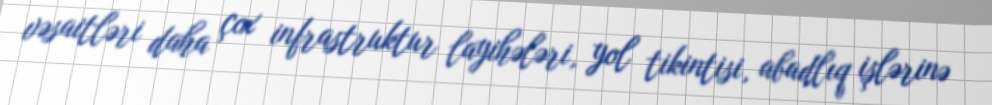
vəsaitləri daha çox infrastruktur layihələri, yol tikintisi, abadlıq işlərinə